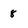
Character: 8